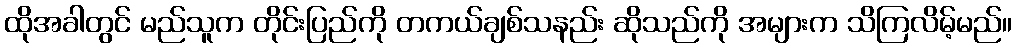
ထိုအခါတွင် မည်သူက တိုင်းပြည်ကို တကယ်ချစ်သနည်း ဆိုသည်ကို အများက သိကြလိမ့်မည်။